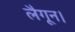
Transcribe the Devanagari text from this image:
लैगून।